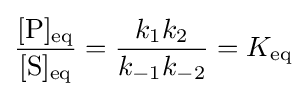
{\frac {[{\rm {P}}]_{\rm {eq}}}{[{\rm {S}}]_{\rm {eq}}}}={\frac {k_{1}k_{2}}{k_{-1}k_{-2}}}=K_{\rm {eq}}